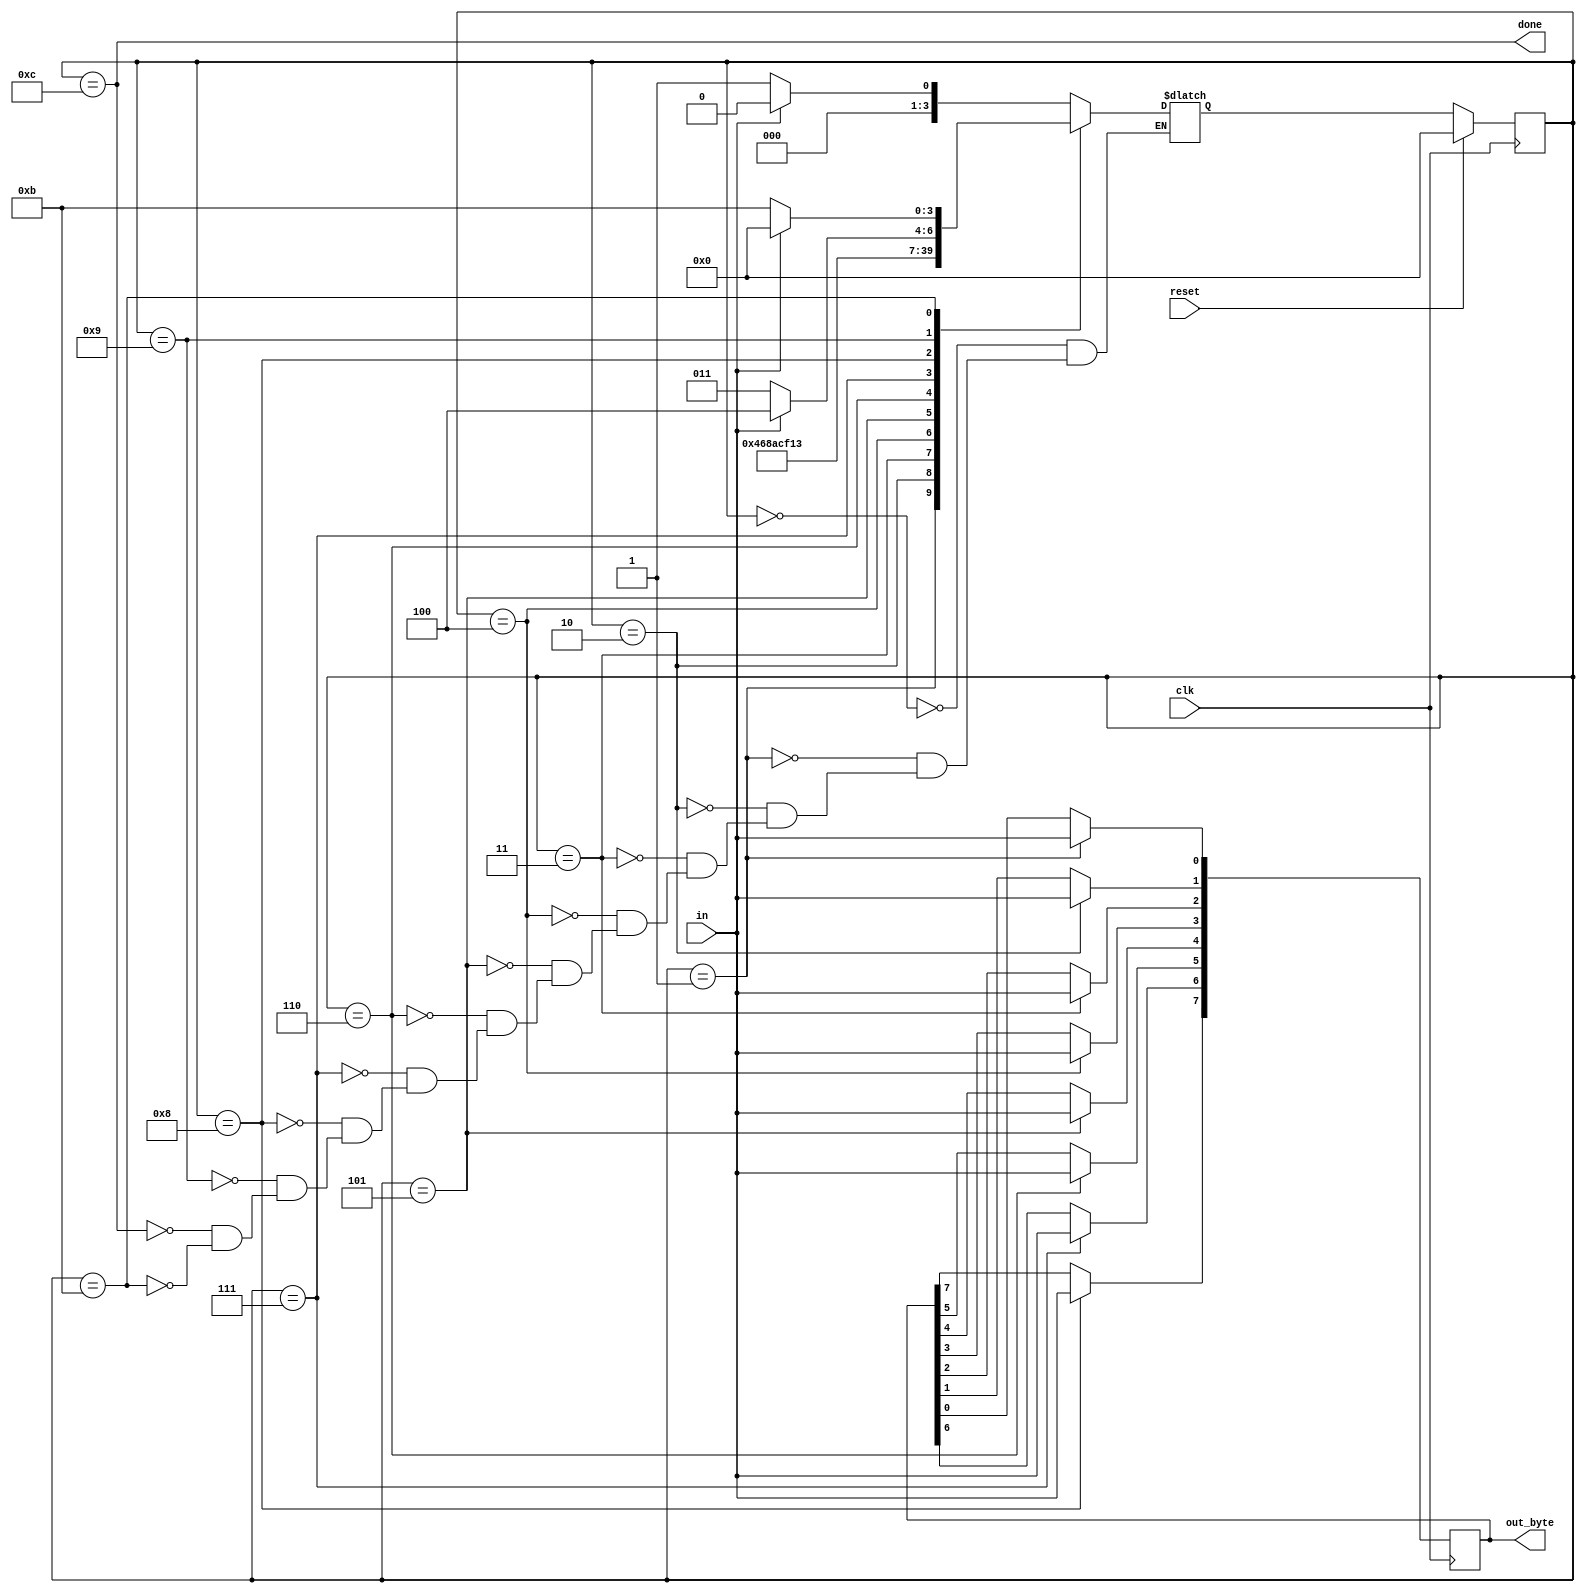
module top_module(
    input clk,
    input in,
    input reset,    // Synchronous reset
    output [7:0] out_byte,
    output done
); //

    // Use FSM from Fsm_serial
    parameter IDLE = 0;
    parameter S0 = 1;
    parameter S1 = 2;
    parameter S2 = 3;
    parameter S3 = 4;
    parameter S4 = 5;
    parameter S5 = 6;
    parameter S6 = 7;
    parameter S7 = 8;
    parameter STOP = 9;
    parameter ERROR = 11;
    parameter DONE = 12; 

    reg [3:0] state, next_state;

    always @(posedge clk) begin
        if(reset) begin
            state <= IDLE;
        end else begin
            state <= next_state;
        end
    end

    always @(*) begin
        case(state)
            IDLE: next_state = in?IDLE:S0;
            S0: next_state = S1;
            S1: next_state = S2;
            S2: next_state = S3;
            S3: next_state = S4;
            S4: next_state = S5;
            S5: next_state = S6;
            S6: next_state = S7;
            S7: next_state = STOP;
            STOP: next_state = in?DONE:ERROR;
            DONE: next_state = in?IDLE:S0;
            ERROR: next_state = in?IDLE:ERROR;
        endcase
    end
    assign done = (state == DONE);

    // New: Datapath to latch input bits.
    always @(posedge clk) begin
        case (state)
            S0: out_byte[0] <= in;
            S1: out_byte[1] <= in;
            S2: out_byte[2] <= in;
            S3: out_byte[3] <= in;
            S4: out_byte[4] <= in;
            S5: out_byte[5] <= in;
            S6: out_byte[6] <= in;
            S7: out_byte[7] <= in;
            default: out_byte <= out_byte;
        endcase
    end

endmodule